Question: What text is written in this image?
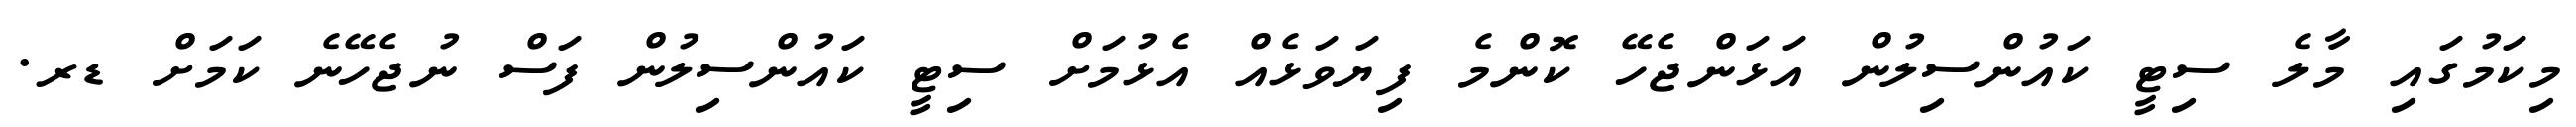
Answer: މިކަމުގައި މާލެ ސިޓީ ކައުންސިލުން އަޅަންޖެހޭ ކޮންމެ ފިޔަވަޅެއް އެޅުމަށް ސިޓީ ކައުންސިލުން ފަސް ނުޖެހޭނެ ކަމަށް ޑރ.